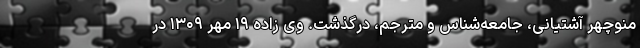
منوچهر آشتیانی، جامعه‌شناس و مترجم، درگذشت. وی زاده ۱۹ مهر ۱۳۰۹ در